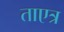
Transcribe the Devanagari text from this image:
ताएत्र